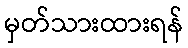
မှတ်သားထားရန်